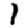
Digit: 1